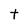
Character: t